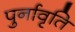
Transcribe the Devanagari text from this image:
पुर्नावृति